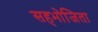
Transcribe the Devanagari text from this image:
सहभोजिता